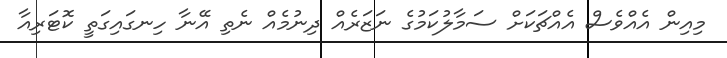
މިއިން އެއްވެސް އެއްޗަކަށް ސަމާލުކަމުގެ ނަޒަރެއް ދިނުމެއް ނެތި އޭނާ ހިނގައިގަތީ ކޮޓަރިއާ